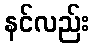
နင်လည်း